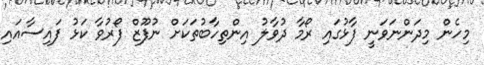
މިހެން މިދަންނަވަނީ ފާޅުގައި ރޯމާ ދުވާލު އިންތިހާބުތަކަށް ނުފޫޒް ފޯރުވާ ކަޅު ފައިސާއައި